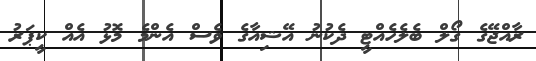
ރާއްޖޭގެ ގޯލް ބެލެހެއްޓީ ދެކުނު އޭޝިއާގެ ވެސް އެންމެ މޮޅު އެއް ކީޕަރު